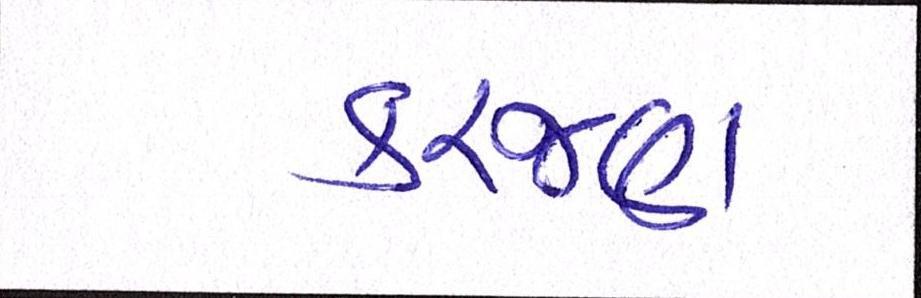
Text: કરજણ